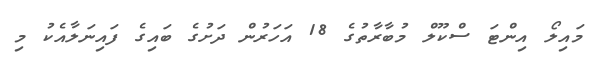
މައިލޯ އިންޓަ ސްކޫލް މުބާރާތުގެ 18 އަހަރުން ދަށުގެ ބައިގެ ފައިނަލާއެކު މި